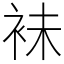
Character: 𧙕